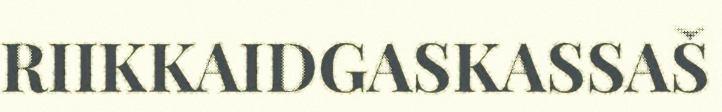
RIIKKAIDGASKASSAŠ